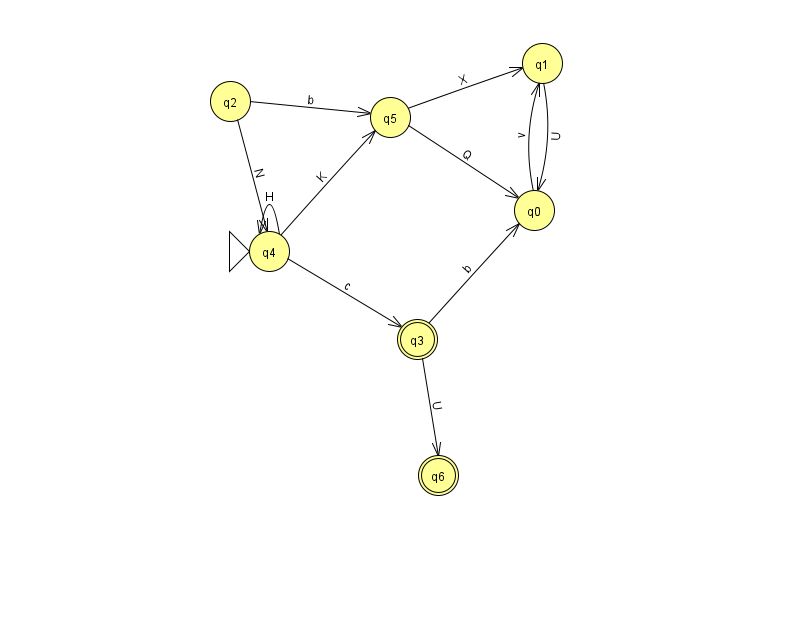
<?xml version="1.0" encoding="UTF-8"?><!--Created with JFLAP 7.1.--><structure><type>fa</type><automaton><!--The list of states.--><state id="0" name="q0"><x>534.0</x><y>197.0</y></state><state id="1" name="q1"><x>542.0</x><y>50.0</y></state><state id="2" name="q2"><x>230.0</x><y>88.0</y></state><state id="3" name="q3"><x>417.0</x><y>326.0</y><final/></state><state id="4" name="q4"><x>269.0</x><y>238.0</y><initial/></state><state id="5" name="q5"><x>390.0</x><y>104.0</y></state><state id="6" name="q6"><x>438.0</x><y>462.0</y><final/></state><!--The list of transitions.--><transition><from>4</from><to>5</to><read>K</read></transition><transition><from>3</from><to>0</to><read>b</read></transition><transition><from>4</from><to>3</to><read>c</read></transition><transition><from>4</from><to>4</to><read>H</read></transition><transition><from>0</from><to>1</to><read>v</read></transition><transition><from>1</from><to>0</to><read>U</read></transition><transition><from>5</from><to>1</to><read>X</read></transition><transition><from>2</from><to>5</to><read>b</read></transition><transition><from>5</from><to>0</to><read>Q</read></transition><transition><from>2</from><to>4</to><read>N</read></transition><transition><from>3</from><to>6</to><read>U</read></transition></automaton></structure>